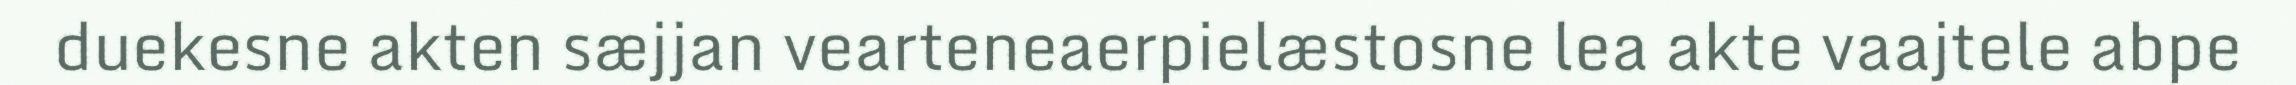
duekesne akten sæjjan vearteneaerpielæstosne lea akte vaajtele abpe